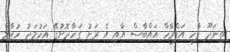
ތިނަދޫ ފާހި އަފްރާހް އައްބާސް އާއި އެ ރަށު ގަހާދޮށުގޭ އަހުމަދު ހުޒާމް